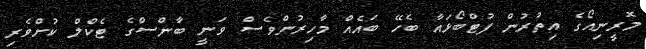
މޮރީނިއޯގެ އިތުރުން ފުޓްބޯޅައާ ބެހޭ ބައެއް މާހިރުންވެސް ވަނީ ބާންސްގެ ޓެކްލް ކުށްވެރި